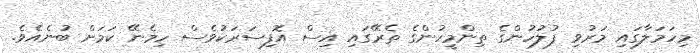
މިހަމަލާގައި މަރުވި ފުލުހުންގެ ތިންމީހުންގެ ތެރޭގައި އިސް އޮފިސަރަކުވެސް ހިމެނޭ ކަމަށް ބުނެއެވެ.